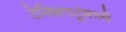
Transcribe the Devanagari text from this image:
टेनिसपटूंमध्ये